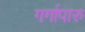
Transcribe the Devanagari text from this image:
गर्गापारु